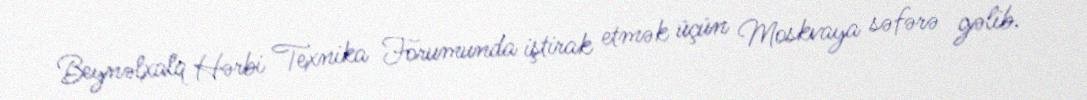
Beynəlxalq Hərbi Texnika Forumunda iştirak etmək üçün Moskvaya səfərə gəlib.